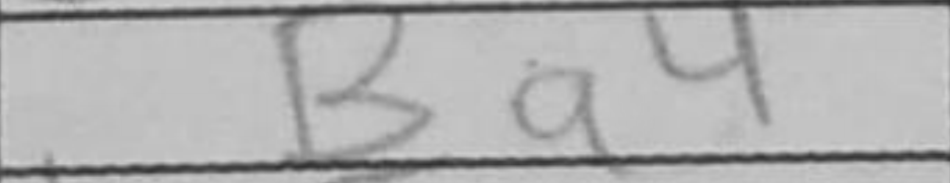
Transcription: Ba4